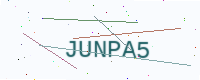
Text: JUNPA5